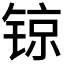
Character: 𨱉